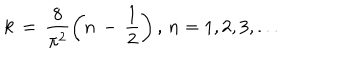
LaTeX: k \, = \, \frac { 8 } { \pi ^ { 2 } } \left( n \, - \, \frac { 1 } { 2 } \right) , \, n = 1 , 2 , 3 , . . .